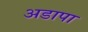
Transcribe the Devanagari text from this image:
अडापा